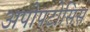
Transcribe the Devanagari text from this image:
अपोपटोसिस